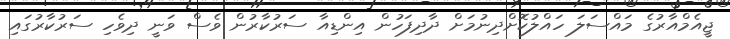
ޖީއެމްއާރުގެ މައްސަލަ ހައްލުކޮށްދިނުމަށް ދާދިފަހުން އިންޑިއާ ސަރުކާރުން ވެސް ވަނީ ދިވެހި ސަރުކާރުގައި